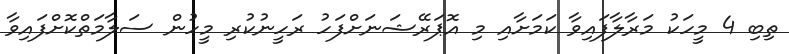
ތިބި 4 މީހަކު މަރާލާފައިވާ ކަމަށާއި މި އޮޕަރޭޝަނަށްފަހު ރަހީނުކުރި މީހުން ސަލާމަތްކޮށްފައިވާ